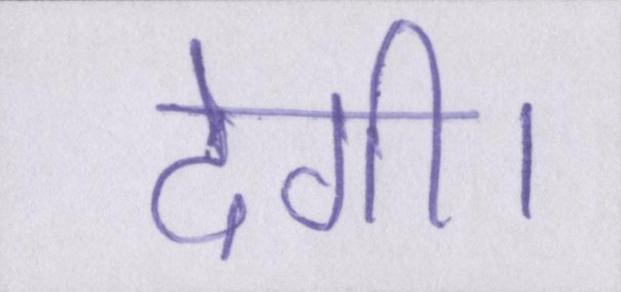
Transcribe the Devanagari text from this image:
देगी।